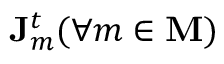
\mathbf { J } _ { m } ^ { t } ( \forall m \in \mathbf { M } )